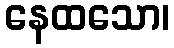
နေထသော၊